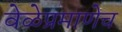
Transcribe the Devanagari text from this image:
वेळेप्रमाणेच